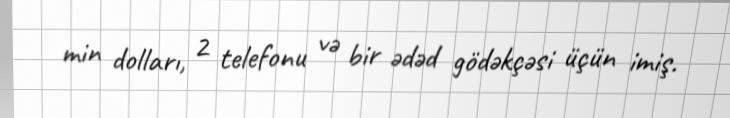
min dolları, 2 telefonu və bir ədəd gödəkçəsi üçün imiş.